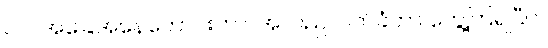
ငပါ အခြေအနေကောင်းတာ၊ အလည်လက်ခံတာ တွေ့ကြရပြီပဲ။